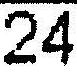
24